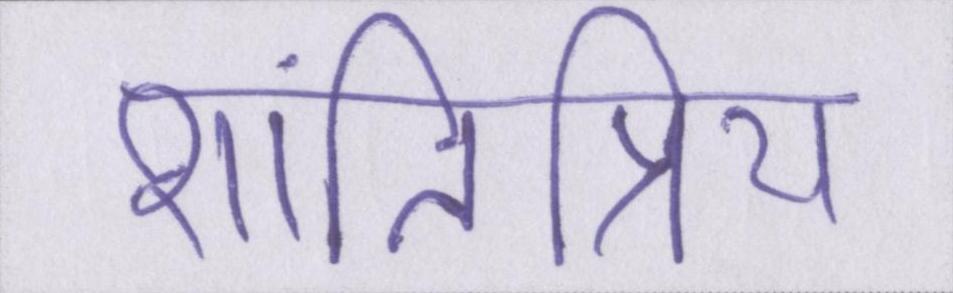
शांतिप्रिय